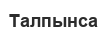
Талпынса